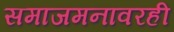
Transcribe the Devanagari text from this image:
समाजमनावरही